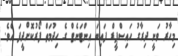
މިހާރު ވަނީ ދިރާގު ހައިސްޕީޑް ފައިބަ އިންޓަނެޓް ގެ ހިދުމަތް ފޯރުކޮށްދީފަ އެވެ.